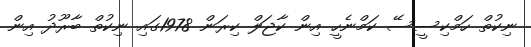
ނިކުތް ހަމްކިސީސޭ ކަމްނެހީ އިން ކާޖަލް ކިރަން 1978ގައި ނިކުތް ބާރޫދު އިން